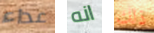
عداء انه ذلك